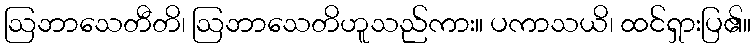
ဩဘာသေတီတိ၊ ဩဘာသေတိဟူသည်ကား။ ပကာသယိ၊ ထင်ရှားပြ၏။